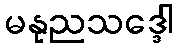
မနုညသဒ္ဒေါ